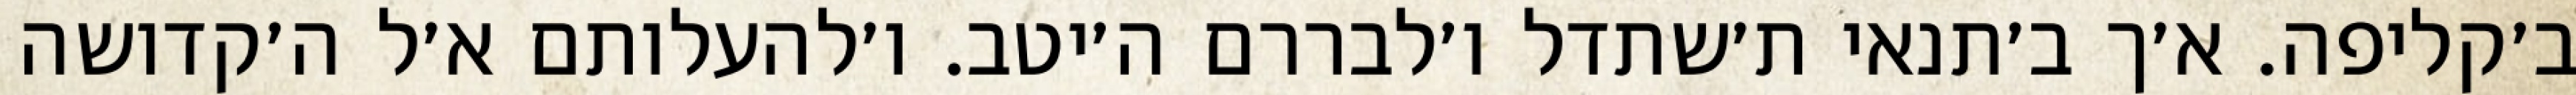
ב׳קליפה. א׳ך ב׳תנאי ת׳שתדל ו׳לבררם ה׳יטב. ו׳להעלותם א׳ל ה׳קדושה